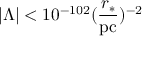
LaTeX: | \Lambda | < 1 0 ^ { - 1 0 2 } ( \frac { r _ { * } } { \mathrm { p c } } ) ^ { - 2 }